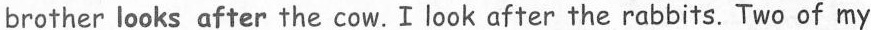
brother looks after the cow.Ilook after the rabbits. Two of my